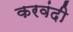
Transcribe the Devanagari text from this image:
करवंदी